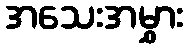
အသေးအမွှား